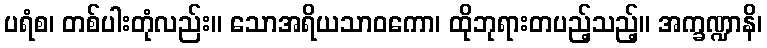
ပရံစ၊ တစ်ပါးတုံလည်း။ သောအရိယသာဝကော၊ ထိုဘုရားတပည့်သည့်။ အက္ခဏ္ဍာနိ၊